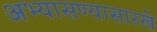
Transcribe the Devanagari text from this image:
अभ्यासण्यासारखे